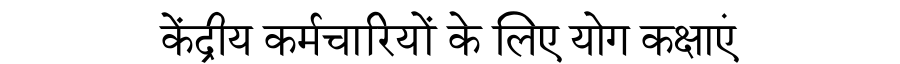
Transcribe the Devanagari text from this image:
केंद्रीय कर्मचारियों के लिए योग कक्षाएं